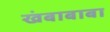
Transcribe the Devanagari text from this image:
खंबाबाबा